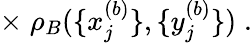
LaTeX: \times\; \rho_{B}(\{ x_{j}^{(b)}\} ,\{ y_{j}^{(b)}\} )\; .